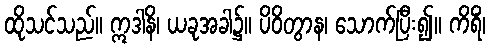
ထိုသင်သည်။ ဣဒါနိ၊ ယခုအခါ၌။ ပိဝိတွာန၊ သောက်ပြီး၍။ ကိရိံ၊